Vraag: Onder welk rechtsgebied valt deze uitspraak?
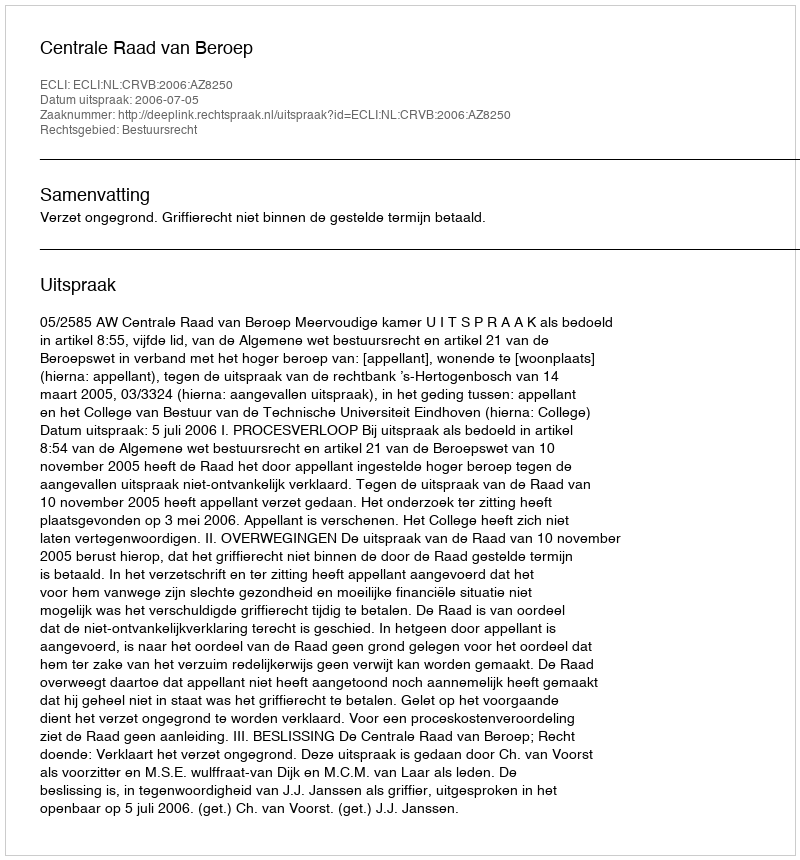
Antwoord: Bestuursrecht